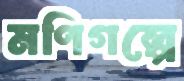
মণিগল্পে